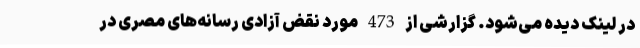
در لینک دیده می‌شود. گزارشی از 473 مورد نقض آزادی رسانه‌های مصری در